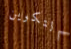
التكوين